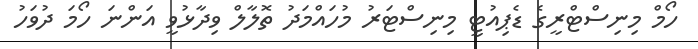
ހޯމް މިނިސްޓްރީގެ ޑެޕިއުޓީ މިނިސްޓަރު މުހައްމަދު ތޮލާލް ވިދާޅުވީ އަންނަ ހޯމަ ދުވަހު